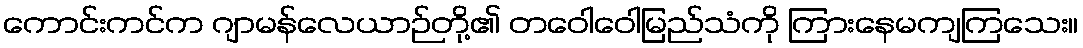
ကောင်းကင်က ဂျာမန်လေယာဉ်တို့၏ တဝေါဝေါမြည်သံကို ကြားနေမကျကြသေး။